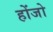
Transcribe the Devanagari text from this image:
होंजो